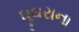
ઘૂઘરાના